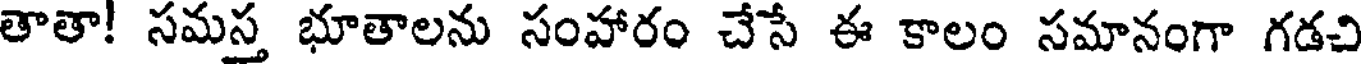
తాతా! సమస్త భూతాలను సంహారం చేసే ఈ కాలం సమానంగా గడచి